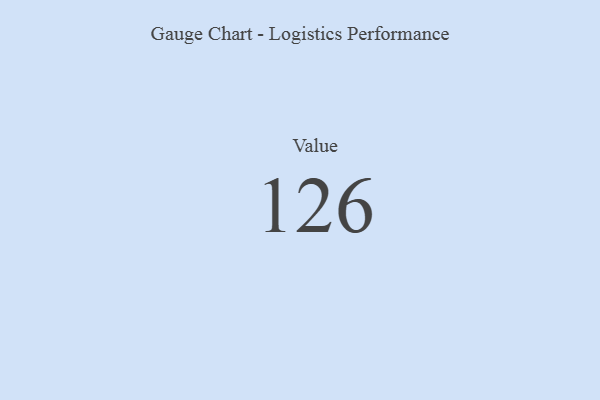
{"axis": {"x": "Metric", "y": "Value"}, "legend": [""], "data": [{"x": "Value", "y": 126, "type": ""}]}